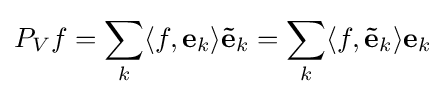
P_{V}f=\sum _{k}\langle f,\mathbf {e} _{k}\rangle \mathbf {\tilde {e}} _{k}=\sum _{k}\langle f,\mathbf {\tilde {e}} _{k}\rangle \mathbf {e} _{k}